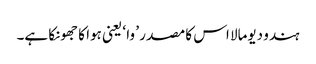
ہندو دیومالا اس کا مصدر ’ وا ‘ یعنی ہوا کا جھونکا ہے۔